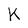
Character: K